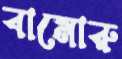
বামোরু